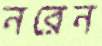
নরেন